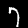
Label: 7